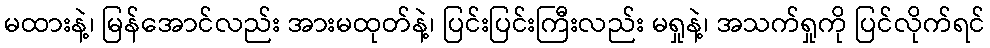
မထားနဲ့၊ မြန်အောင်လည်း အားမထုတ်နဲ့၊ ပြင်းပြင်းကြီးလည်း မရှုနဲ့၊ အသက်ရှုကို ပြင်လိုက်ရင်